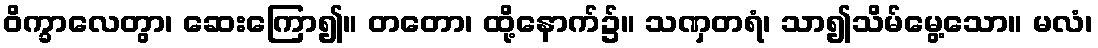
ဝိက္ခာလေတွာ၊ ဆေးကြော၍။ တတော၊ ထို့နောက်၌။ သဏှတရံ၊ သာ၍သိမ်မွေ့သော။ မလံ၊